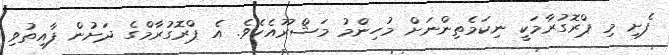
ފެށި މި ޕްރޮގުރާމަކީ ނިކަމެތިންނަށް މުހިންމު މަޝްރޫއެކެވެ. އެ ޕްރޮގުރާމްގެ ދަށުން ފާއިތުވި